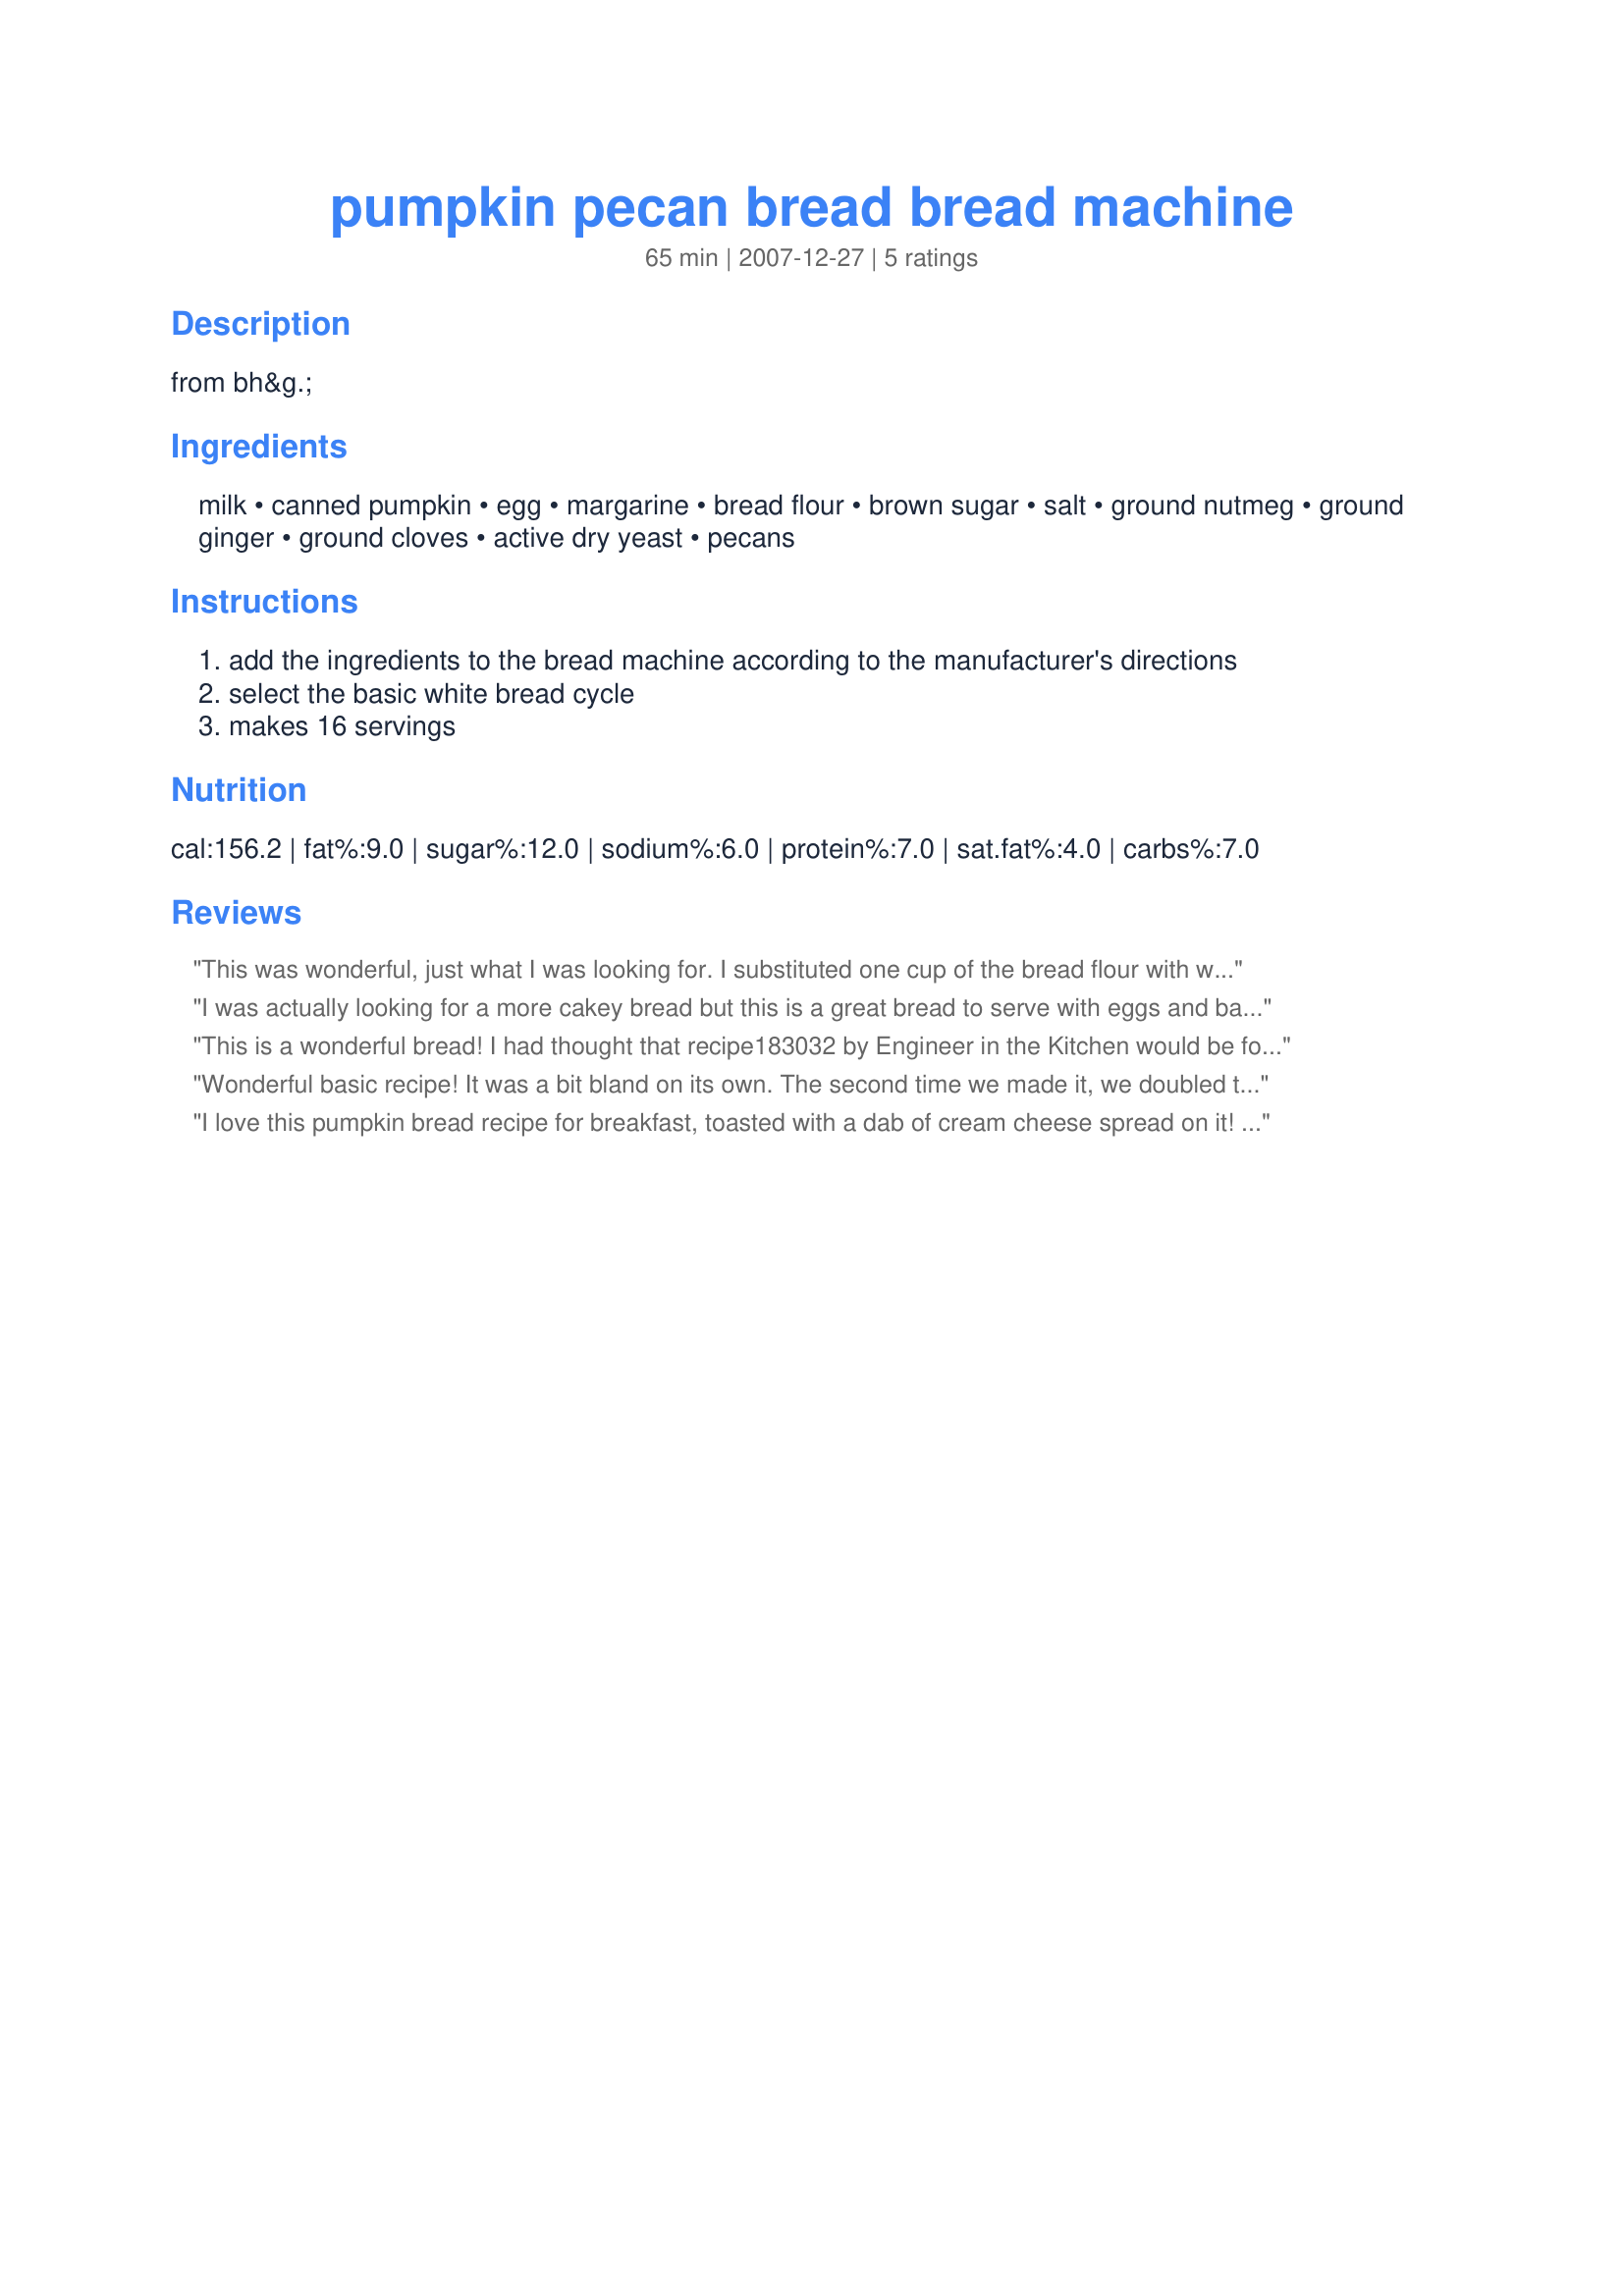
pumpkin pecan bread bread machine
Preparation time: 65 minutes

from bh&g.

Ingredients:
milk, canned pumpkin, egg, margarine, bread flour, brown sugar, salt, ground nutmeg, ground ginger, ground cloves, active dry yeast, pecans

Steps:
add the ingredients to the bread machine according to the manufacturer's directions
select the basic white bread cycle
makes 16 servings

Reviews:
This was wonderful, just what I was looking for. I substituted one cup of the bread flour with whole wheat, added about 1 tbsp of flax meal, and it made a nice wholesome loaf of bread with just the right texture and density. I sliced the bread up and made Panini's out of it--Yum! It was a hit in my house, and I'm off to the kitchen to make another loaf. Thanks for posting!
I was actually looking for a more cakey bread but this is a great bread to serve with eggs and bacon. Sprinkle with a little cinnamon and sugar.
THIS BREAD MAKES KILLER FRENCH TOAST!
Like something you would get at a fancy Bed & Breakfast.
Thanks!
YaYa
This is a wonderful bread!
I had thought that recipe183032 by Engineer in the Kitchen would be forever my pumpkin bread, but, as they say, life happened while I was making plans. My breadmaker bit the dust and my new one does not have the quickbread setting.
At any rate, we thoroughly enjoyed this one and I appreciate the post! Thank you!
Wonderful basic recipe! It was a bit bland on its own. The second time we made it, we doubled the sugar and salt, and added 1c chocolate chips. I made the dough in the bread machine and baked it in a braid in the oven (340F for 43 min). To distribute the choc chips evenly, I divided the dough into 3 even snakes, then pressed/kneaded in 1/3 of the choc chips to each snake. Amazing! Too bad my bread machine isn't big enough for a larger loaf.
I love this pumpkin bread recipe for breakfast, toasted with a dab of cream cheese spread on it! Nummmy... and so easy to make in the bread machine!
